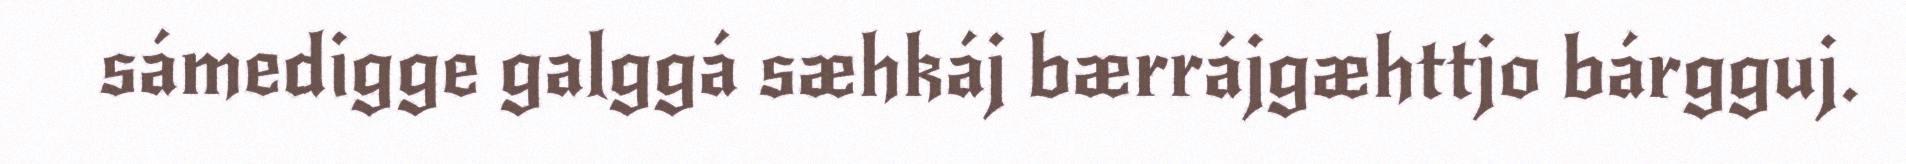
sámedigge galggá sæhkáj bærrájgæhttjo bárgguj.